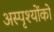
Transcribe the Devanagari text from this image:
अस्पृश्योंको